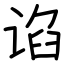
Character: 谄